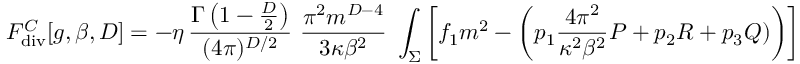
F _ { \tiny \mathrm { d i v } } ^ { C } [ g , \beta , D ] = - \eta \, { \frac { \Gamma \left( 1 - \frac D 2 \right) } { ( 4 \pi ) ^ { D / 2 } } } \, \, { \frac { \pi ^ { 2 } m ^ { D - 4 } } { 3 \kappa \beta ^ { 2 } } } \, \, \int _ { \Sigma } \left[ f _ { 1 } m ^ { 2 } - \left( p _ { 1 } { \frac { 4 \pi ^ { 2 } } { \kappa ^ { 2 } \beta ^ { 2 } } } { \cal P } + p _ { 2 } R + p _ { 3 } { \cal Q } ) \right) \right] ~ ~ ~ .